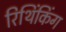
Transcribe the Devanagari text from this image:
रिथिंकिंग